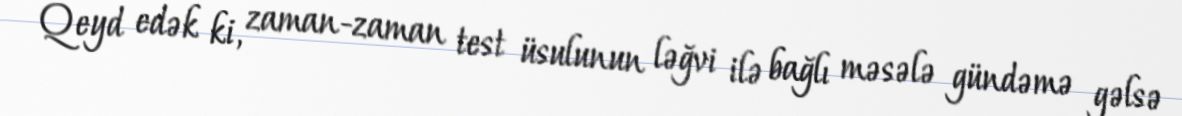
Qeyd edək ki, zaman-zaman test üsulunun ləğvi ilə bağlı məsələ gündəmə gəlsə